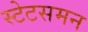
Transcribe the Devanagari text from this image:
स्टेटसमन